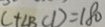
C + \angle B C D = 1 8 0